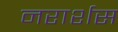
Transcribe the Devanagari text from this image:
नरार्शस